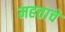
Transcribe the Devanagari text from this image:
महत्ताचे